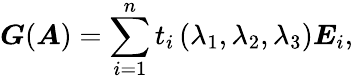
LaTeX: \boldsymbol{G}(\boldsymbol{A})=\sum_{i=1}^{n}t_{i}\left(\lambda_{1},\lambda_{2},\lambda_{3}\right)\boldsymbol{E}_{i},